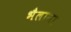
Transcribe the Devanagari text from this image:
भैलाना